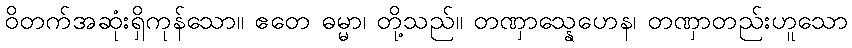
ဝိတက်အဆုံးရှိကုန်သော။ ဧတေ ဓမ္မာ၊ တို့သည်။ တဏှာသ္နေဟေန၊ တဏှာတည်းဟူသော